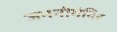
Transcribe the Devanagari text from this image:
जननीमंदिर